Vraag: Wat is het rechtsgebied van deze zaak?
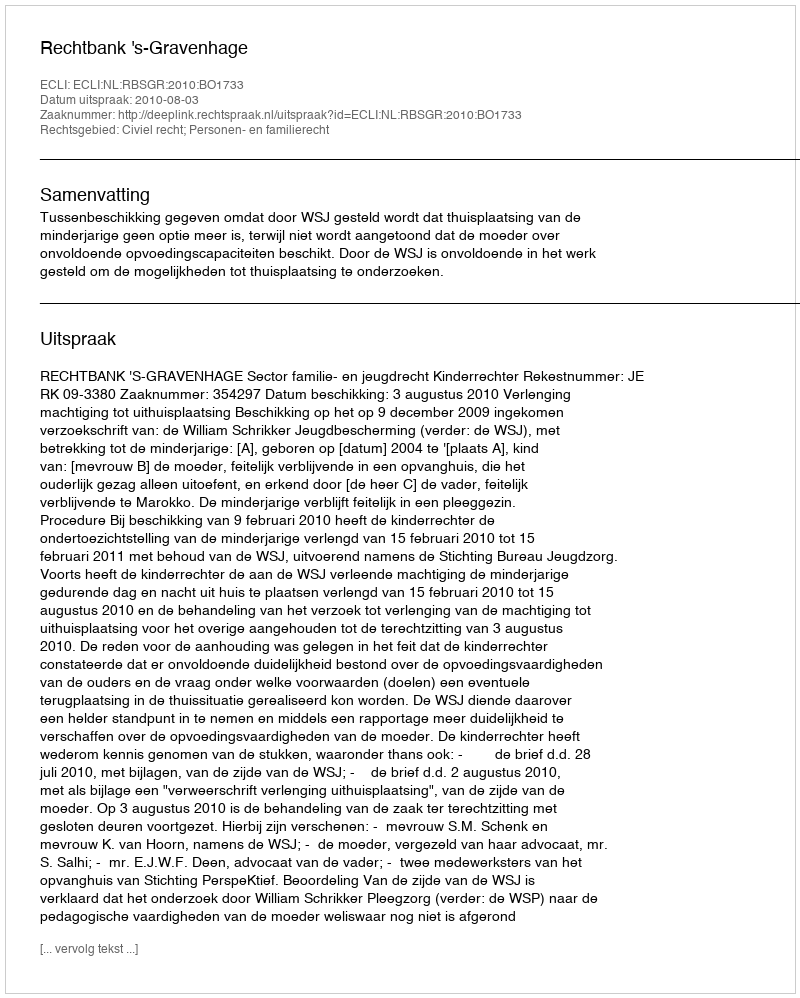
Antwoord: Civiel recht; Personen- en familierecht